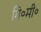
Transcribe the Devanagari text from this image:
गि॰मी॰